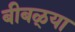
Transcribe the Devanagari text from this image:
बीबळ्या